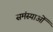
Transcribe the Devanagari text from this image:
समंस्याओं